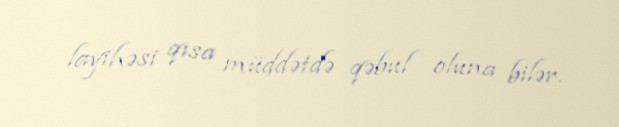
layihəsi qısa müddətdə qəbul oluna bilər.